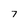
Character: 7